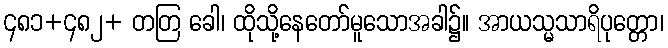
၄၈၁+၄၈၂+ တတြ ခေါ၊ ထိုသို့နေတော်မူသောအခါ၌။ အာယသ္မသာရိပုတ္တော၊